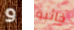
و خائبة